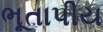
ભૂતાપીય